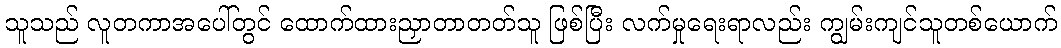
သူသည် လူတကာအပေါ်တွင် ထောက်ထားညှာတာတတ်သူ ဖြစ်ပြီး လက်မှုရေးရာလည်း ကျွမ်းကျင်သူတစ်ယောက်